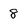
Character: 8